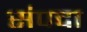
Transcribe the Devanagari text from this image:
संंपदा